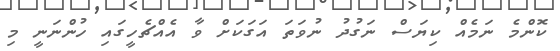
ކޮންމެ ނަމެއް ކިޔަސް ނަގުދު ނުވަތަ އަގަކަށް ވާ އެއްޗެހީގައި ހުންނަނީ މި